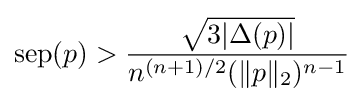
\operatorname {sep} (p)>{\frac {\sqrt {3|\Delta (p)|}}{n^{(n+1)/2}(\|p\|_{2})^{n-1}}}